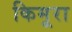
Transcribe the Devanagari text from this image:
किमूरा